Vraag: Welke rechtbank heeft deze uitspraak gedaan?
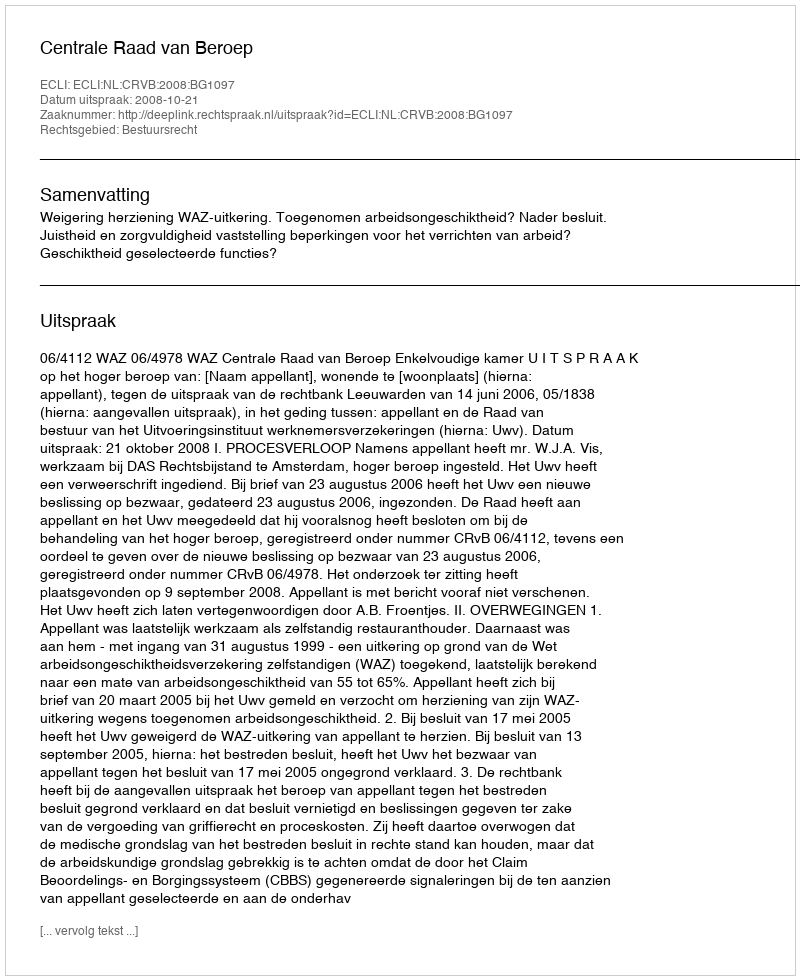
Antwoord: Centrale Raad van Beroep